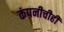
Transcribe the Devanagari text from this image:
कंपनीचीही